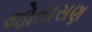
જોતાસણ